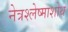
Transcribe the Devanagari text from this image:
नेत्रश्लेष्माशोथ